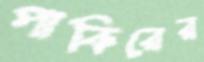
পাকিরের